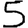
Digit: 5